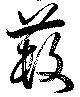
藪